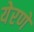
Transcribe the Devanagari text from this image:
येरणे